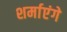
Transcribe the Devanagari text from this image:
शर्माएंगे